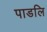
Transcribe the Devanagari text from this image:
पाडलि